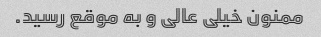
ممنون خیلی عالی و به موقع رسید.